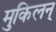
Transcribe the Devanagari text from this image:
मुकिलन्